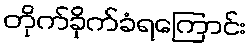
တိုက်ခိုက်ခံရကြောင်း